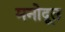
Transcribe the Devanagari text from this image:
मनोदूत